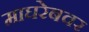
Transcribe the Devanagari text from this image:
माघरेबवर